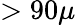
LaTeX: >90\mu